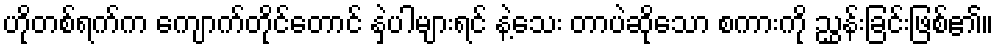
ဟိုတစ်ရက်က ကျောက်တိုင်တောင် နှဲ့ပါများရင် နဲ့သေး တာပဲဆိုသော စကားကို ညွှန်းခြင်းဖြစ်၏။